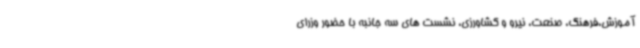
آموزش،فرهنگ، صنعت، نیرو و کشاورزی، نشست های سه جانبه با حضور وزرای